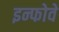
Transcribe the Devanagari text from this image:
इन्फोवे